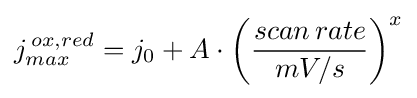
j_{max}^{\,ox,red}=j_{0}+A\cdot {\bigg (}{\frac {scan\,rate}{mV/s}}{\bigg )}^{x}